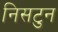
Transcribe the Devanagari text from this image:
निसटुन